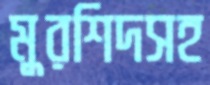
মুরশিদসহ